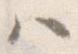
ハ